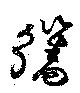
觿